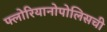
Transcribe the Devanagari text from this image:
फ्लोरियानोपोलिसची